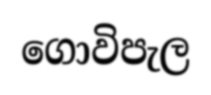
ගොවිපැල